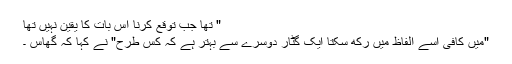
" تھا جب توقع کرنا اس بات کا یقین نہیں تھا
"میں کافی اسے الفاظ میں رکھ سکتا ایک گٹار دوسرے سے بہتر ہے کہ کس طرح" نے کہا کہ گھاس ۔